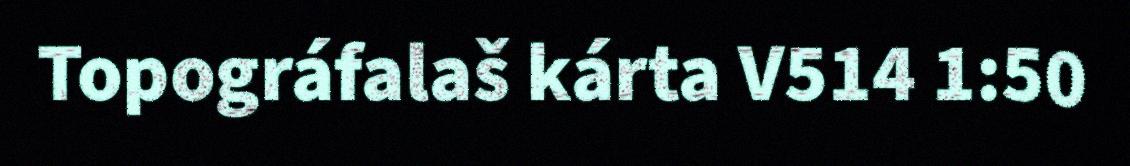
Topográfalaš kárta V514 1:50